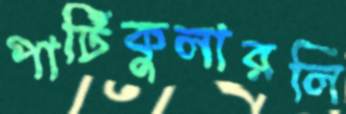
পার্টিকুলারলি